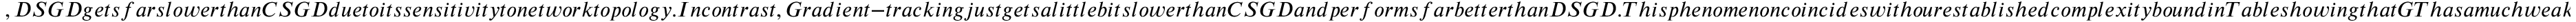
, D S G D g e t s f a r s l o w e r t h a n C S G D d u e t o i t s s e n s i t i v i t y t o n e t w o r k t o p o l o g y . I n c o n t r a s t , G r a d i e n t - t r a c k i n g j u s t g e t s a l i t t l e b i t s l o w e r t h a n C S G D a n d p e r f o r m s f a r b e t t e r t h a n D S G D . T h i s p h e n o m e n o n c o i n c i d e s w i t h o u r e s t a b l i s h e d c o m p l e x i t y b o u n d i n T a b l e s h o w i n g t h a t G T h a s a m u c h w e a k e r d e p e n d e n c e o n n e t w o r k t o p o l o g y ( i . e . ,